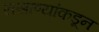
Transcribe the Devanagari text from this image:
ससाण्यांकडून